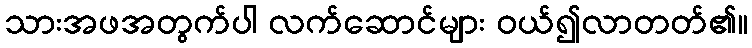
သားအဖအတွက်ပါ လက်ဆောင်များ ဝယ်၍လာတတ်၏။